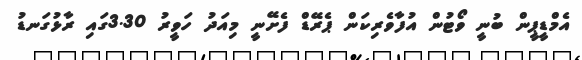
އެމްޑީޕީން ބުނީ ވޯޓުން އުފާވެރިކަން ޕެރޭޑް ފެށޭނީ މިއަދު ހަވީރު 3.30ގައި ރާޅުގަނޑު